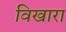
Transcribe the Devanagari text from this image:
विखारा